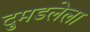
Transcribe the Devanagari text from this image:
दुमडलेला